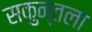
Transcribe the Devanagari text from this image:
सकुन्तला